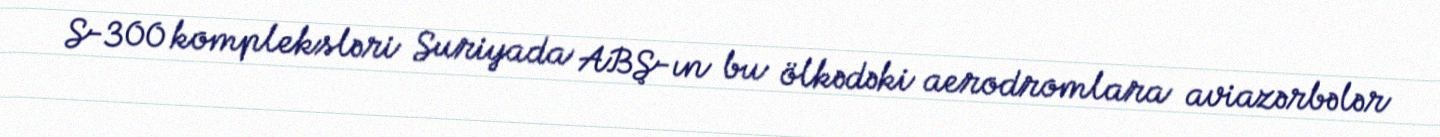
S-300 kompleksləri Suriyada ABŞ-ın bu ölkədəki aerodromlara aviazərbələr